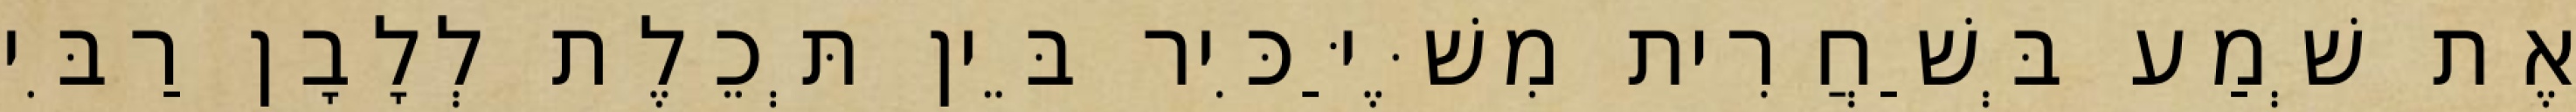
אֶת שְׁמַע בְּשַׁחֲרִית מִשֶּׁיַּכִּיר בֵּין תְּכֵלֶת לְלָבָן רַבִּי